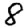
Digit: 8